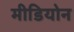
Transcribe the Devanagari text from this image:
मीडियोन